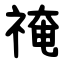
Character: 䄋